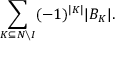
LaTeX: \sum _ { K \subseteq N \setminus I } ( - 1 ) ^ { | K | } | B _ { K } | .